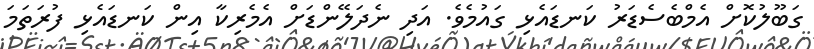
ގަބޫލުކޮށް އެމްބެސެޑަރު ކަނޑައެޅި ގައުމެވެ. އަދި ނެދަލޭންޑަށް އެމެރިކާ އިން ކަނޑައެޅި ފުރަތަމަ